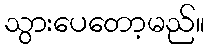
သွားပေတော့မည်။